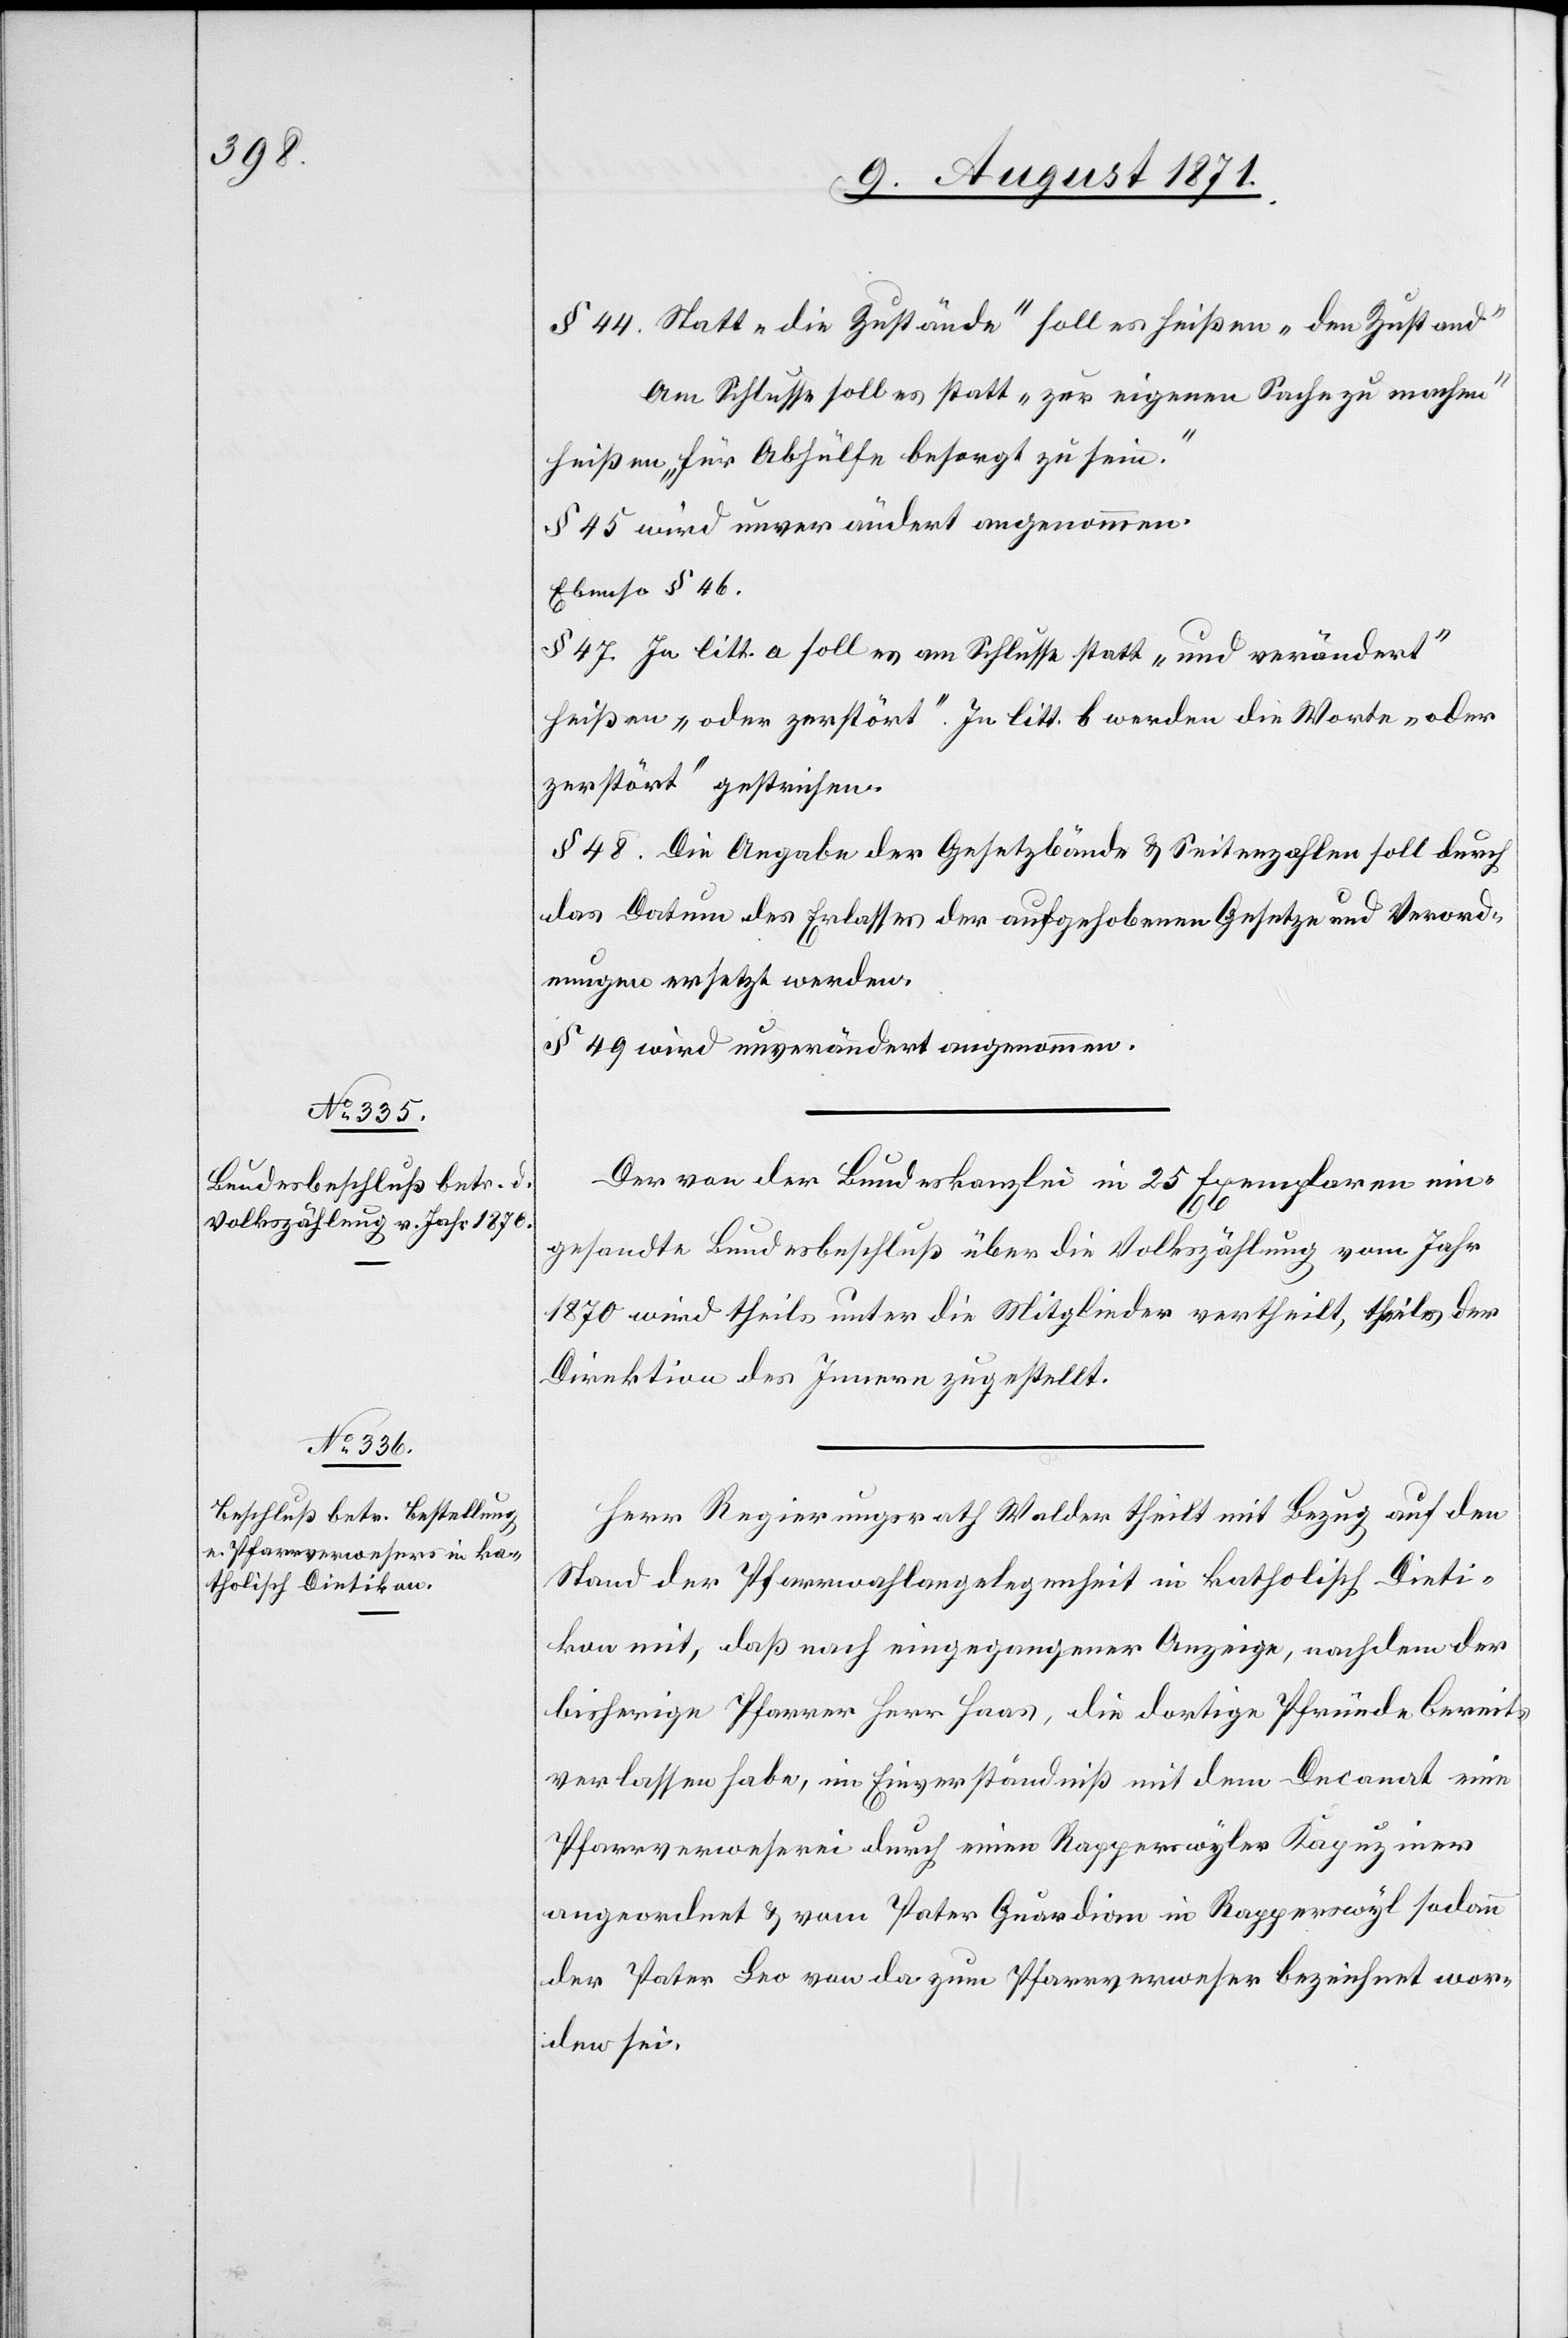
§ 44. Statt „die Zustände“ soll es heißen „den Zustand“
Am Schlusse soll es statt „zur eigenen Sache zu machen“
heißen „für Abhülfe besorgt zu sein.“
§ 45 wird unverändert angenommen.
Ebenso § 46.
§ 47. In litt. a soll es am Schlusse statt „und verändert“
heißen „oder zerstört“. In litt. b werden die Worte „oder
zerstört“ gestrichen.
§ 48. Die Angabe der Gesetzbände & Seitenzahlen soll durch
das Datum des Erlasses der aufgehobenen Gesetze und Verord¬
nungen ersetzt werden.
§ 49 wird unverändert angenommen.
Der von der Bundeskanzlei in 25 Exemplaren ein¬
gesandte Bundesbeschluß über die Volkszählung vom Jahre
1870 wird theils unter die Mitglieder vertheilt, theils der
Direktion des Innern zugestellt.
Herr Regierungsrath Walder theilt mit Bezug auf den
Stand der Pfarrwahlangelegenheit in katholisch Dieti¬
kon mit, daß nach eingegangener Anzeige, nachdem der
bisherige Pfarrer Herr Haas, die dortige Pfründe bereits
verlassen habe, im Einverständniß mit dem Decanat eine
Pfarrverweserei durch einen Rapperswyler Kapuziner
angeordnet & vom Pater Guardiom in Rapperswyl sodann
der Pater Leo von da zum Pfarreverweser bezeichnet wor¬
den sei.